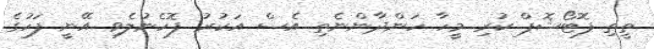
ތީތި ފޮޓޯޝޮޕް ކުރި މީހާ ހަންދާންނެތި އެސް އަކުރު ފޮހެނުލެވި އޭނީ ފަހުގެ